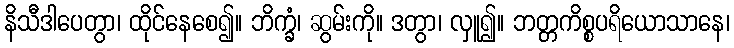
နိသီဒါပေတွာ၊ ထိုင်နေစေ၍။ ဘိက္ခံ၊ ဆွမ်းကို။ ဒတွာ၊ လှူ၍။ ဘတ္တကိစ္စပရိယောသာနေ၊